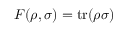
F ( \rho , \sigma ) = \operatorname { t r } ( \rho \sigma )